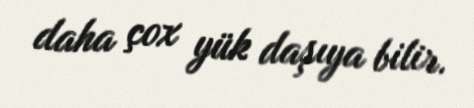
daha çox yük daşıya bilir.